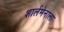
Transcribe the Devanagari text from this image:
शार्लमेनाला